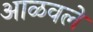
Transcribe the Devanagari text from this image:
आळवले